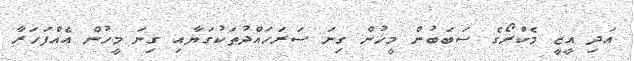
އަދި އީޒީ މެކްރޯގެ ސަބަބުން މީހުން ގިނަ ސަރަހައްދުތަކުގަޔާއި ގިނަ މީހުން އެއްފަހަރާ